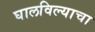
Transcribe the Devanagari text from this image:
घालविल्याचा